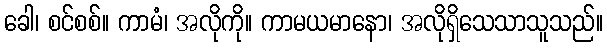
ခေါ၊ စင်စစ်။ ကာမံ၊ အလိုကို။ ကာမယမာနော၊ အလိုရှိသေသာသူသည်။